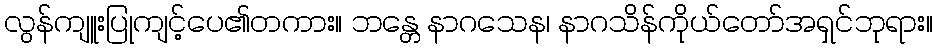
လွန်ကျူးပြုကျင့်ပေ၏တကား။ ဘန္တေ နာဂသေန၊ နာဂသိန်ကိုယ်တော်အရှင်ဘုရား။